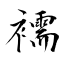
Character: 襦